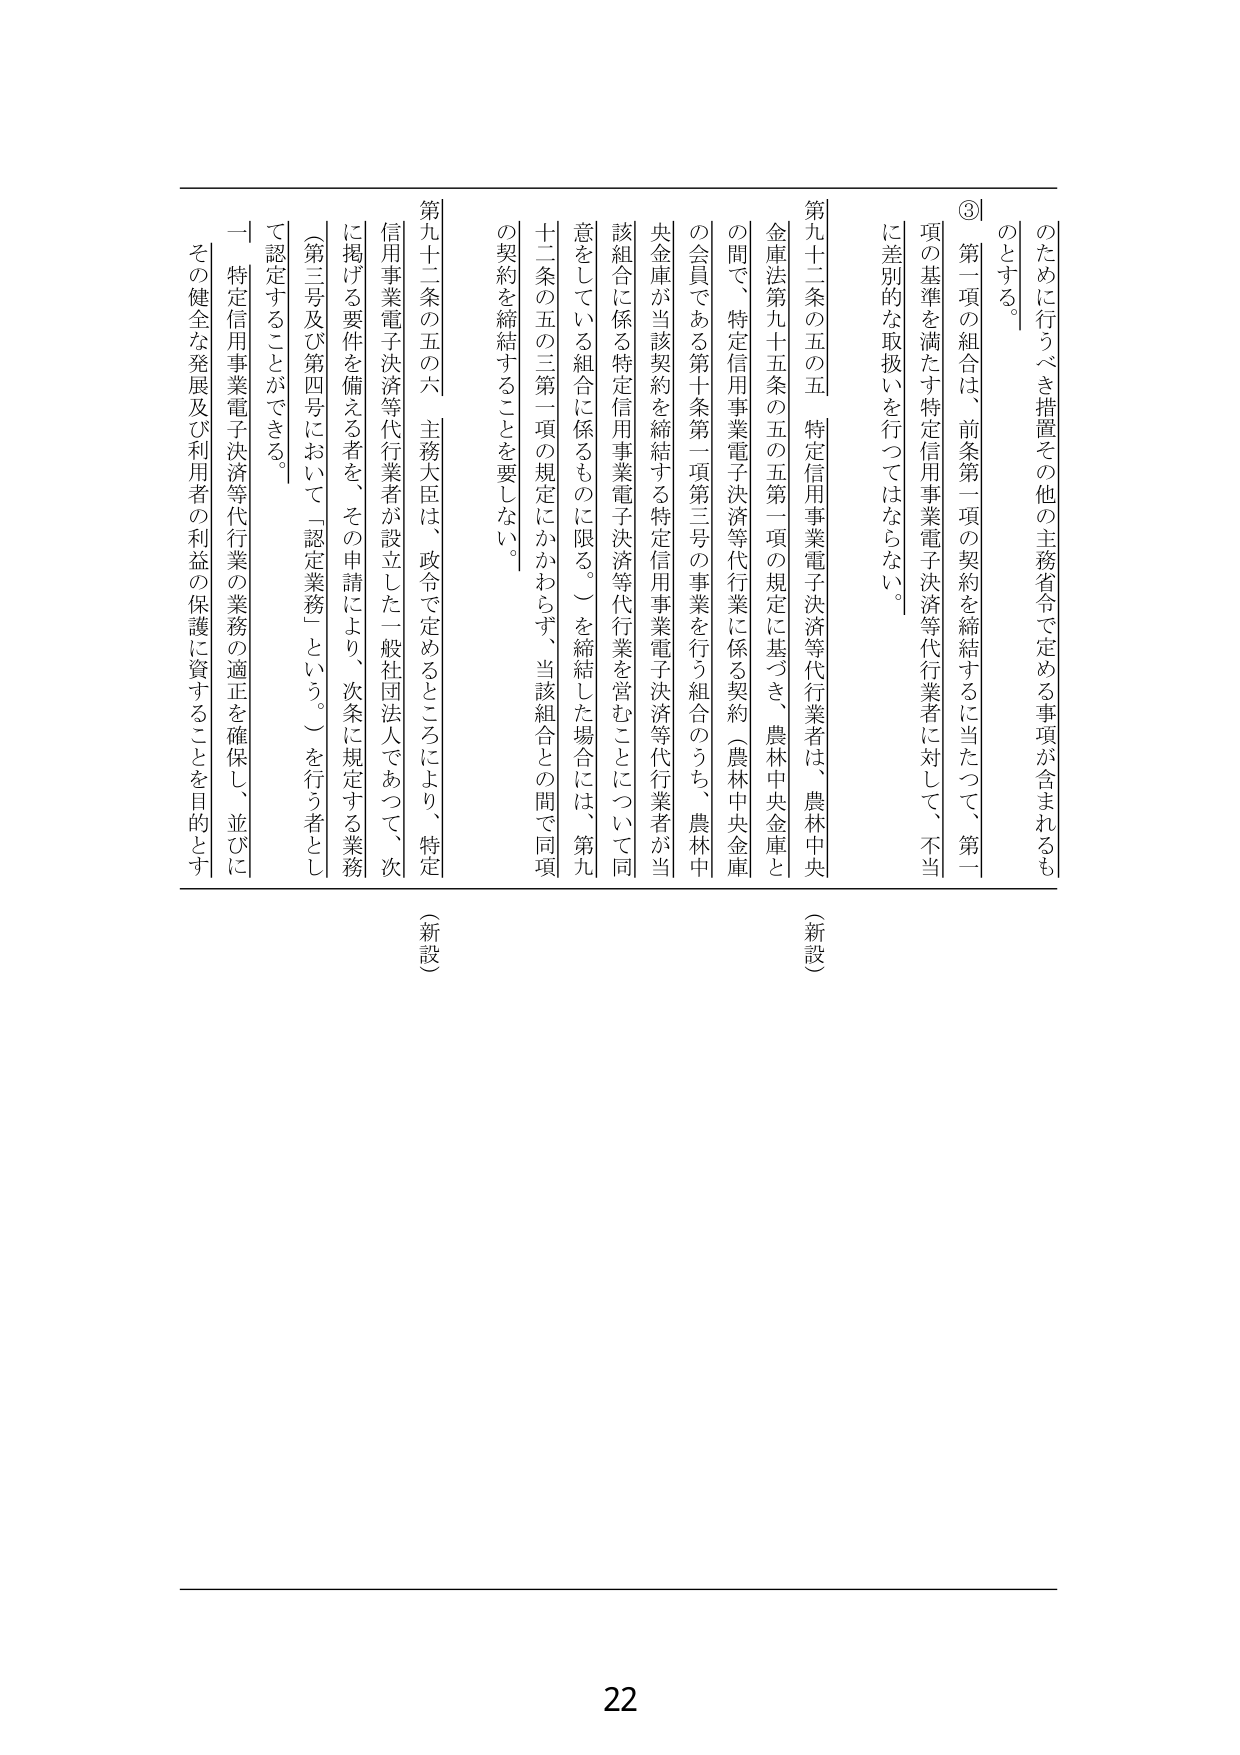
のために行うべき措置その他 の主務省令で定める事項が含まれるも のとする。

③ 第一項の組合は、前条第一項の契約を締結するに当たって、第一 項の基準を満たす特定信用事業電子決済等代行業者に対して、不当 に差別的な取扱いを行ってはならない。

（新設）

第九十二条の五の五 特定信用事業電子決済等代行業者は、農林中央 金庫法第九十五条の五の五第一項の規定に基づき、農林中央金庫と の間で、特定信用事業電子決済等代行業に係る契約（農林中央金庫 の会員である第十条第一項第三号の事業を行う組合のうち、農林中 央金庫が当該契約を締結する特定信用事業電子決済等代行業者が当 該組合に係る特定信用事業電子決済等代行業を営むことについて同 意をしている組合に係るものに限る。）を締結した場合には、第九 十二条の五の三第一項の規定にかかわらず、当該組合との間で同項 の契約を締結することを要しない。

（新設）

第九十二条の五の六 主務大臣は、政令で定めるところにより、特定 信用事業電子決済等代行業者が設立した一般社団法人であって、次 に掲げる要件を備える者を、その申請により、次条に規定する業務 （第三号及び第四号において「認定業務」という。）を行う者とし て認定することができる。

一 特定信用事業電子決済等代行業の業務の適正を確保し、並びに その健全な発展及び利用者の利益の保護に資することを目的とす

22